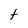
Character: t